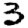
Digit: 3